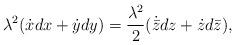
LaTeX: \begin{align*}{\lambda^2}(\dot{x}dx+\dot{y}dy)=\frac{\lambda^2}{2}(\dot{\bar{z}}dz+\dot{{z}}d\bar{z}),\end{align*}